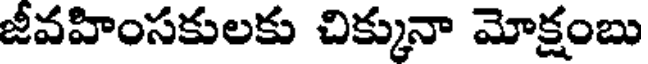
జీవహింసకులకు చిక్కునా మోక్షంబు